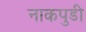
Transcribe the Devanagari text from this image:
नाकपुडी